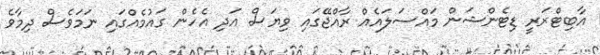
އާބިޓްރަރީ ޑިޓެންޝަން މައްސަލައެއް ރާއްޖޭގައި ވިޔަސް އަދި އެެހެން ގައުމެއްގައި ނަމަވެސް ދިމާވެ